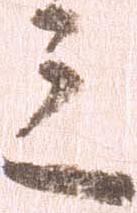
三